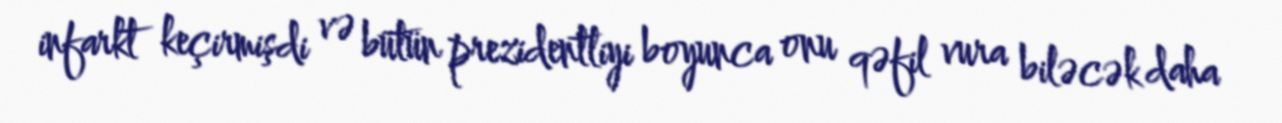
infarkt keçirmişdi və bütün prezidentliyi boyunca onu qəfil vura biləcək daha